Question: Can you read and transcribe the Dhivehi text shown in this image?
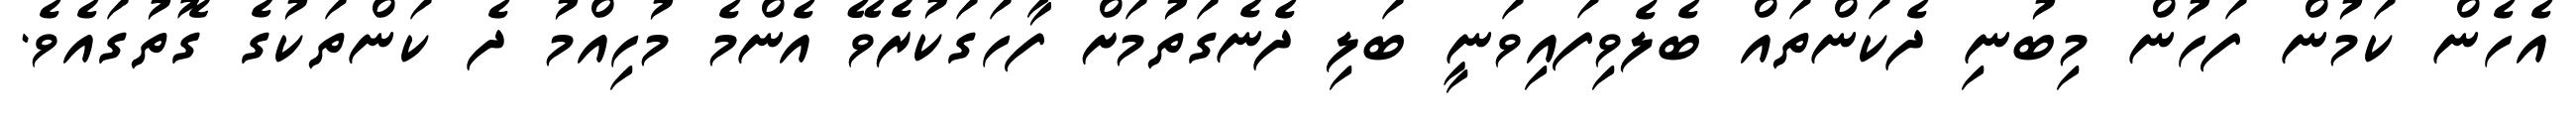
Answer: އެހެން ކަމުން ފަހުން މިބުނި ދެކަންތައް ބެލެވިފައިވަނީ ބަލި ދެނެގަތުމަށް ފާހަގަކުރެވޭ އެންމެ މުހިއްމު ދެ ކަންތަކުގެ ގޮތުގައެވެ.